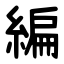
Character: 編